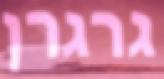
גרגרן